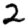
Digit: 2